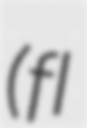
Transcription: (fl